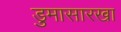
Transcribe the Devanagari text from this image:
डुमासारखा